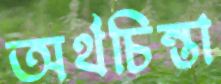
অর্থচিন্তা